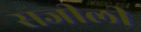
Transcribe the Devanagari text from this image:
सजीली